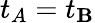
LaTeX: t_{A}=t_{\mathbf{B}}